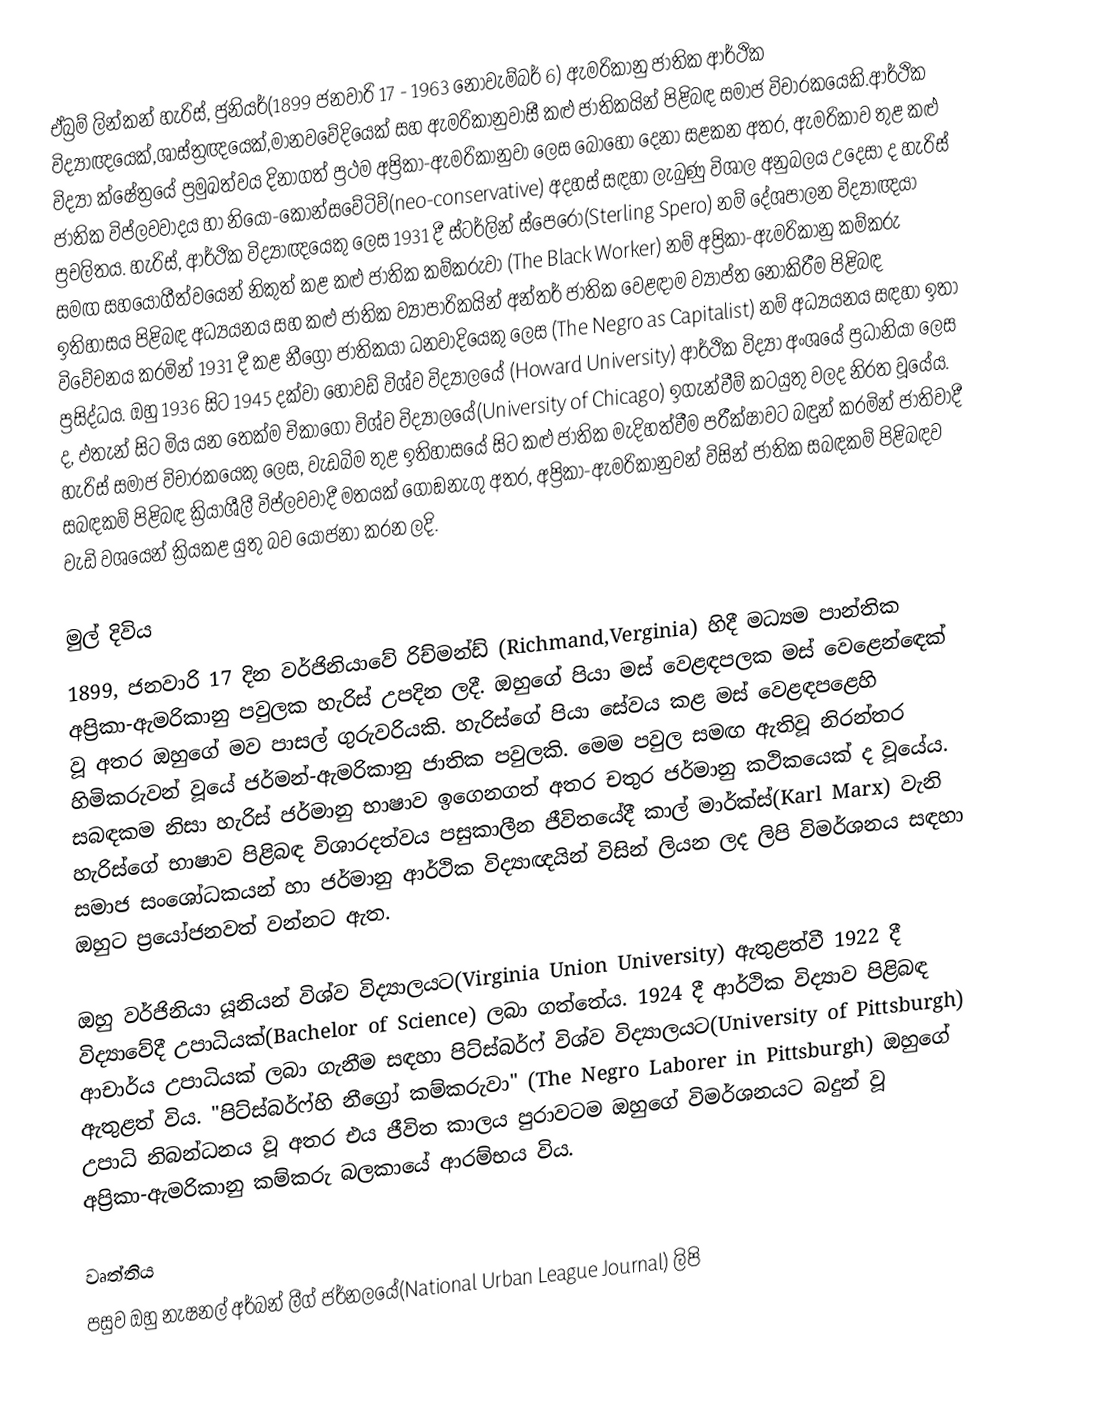
ඒබ්‍රම් ලින්කන් හැරිස්, ජුනියර්(1899 ජනවාරි 17 - 1963 නොවැම්බර් 6) ඇමරිකානු ජාතික  ආර්ථික විද්‍යාඥයෙක්,ශාස්ත්‍රඥයෙක්,මානවවේදියෙක් සහ ඇමරිකානුවාසී කළු ජාතිකයින් පිළිබඳ සමාජ විචාරකයෙකි.ආර්ථික විද්‍යා ක්ෂේත්‍රයේ ප්‍රමුඛත්වය දිනාගත් ප්‍රථම අප්‍රිකා-ඇමරිකානුවා ලෙස බොහෝ දෙනා සළකන අතර, ඇමරිකාව තුළ කළු ජාතික විප්ලවවාදය හා නියෝ-කොන්සවේටිව්(neo-conservative) අදහස් සඳහා ලැබුණු විශාල අනුබලය උදෙසා ද හැරිස් ප්‍රචලිතය. හැරිස්, ආර්ථික විද්‍යාඥයෙකු ලෙස 1931 දී ස්ටර්ලින් ස්පෙරෝ(Sterling Spero) නම් දේශපාලන විද්‍යාඥයා සමඟ සහයෝගීත්වයෙන් නිකුත් කළ කළු ජාතික කම්කරුවා (The Black Worker) නම් අප්‍රිකා-ඇමරිකානු කම්කරු ඉතිහාසය පිළිබඳ අධ්‍යයනය සහ කළු ජාතික ව්‍යාපාරිකයින් අන්තර් ජාතික වෙළඳාම ව්‍යාප්ත නොකිරීම පිළිබඳ විවේචනය කරමින් 1931 දී කළ නීග්‍රෝ ජාතිකයා ධනවාදියෙකු ලෙස (The Negro as Capitalist) නම් අධ්‍යයනය සඳහා ඉතා ප්‍රසිද්ධය. ඔහු 1936 සිට 1945 දක්වා  හොවඩ් විශ්ව විද්‍යාලයේ (Howard University) ආර්ථික විද්‍යා අංශයේ ප්‍රධානියා ලෙස ද, එතැන් සිට මිය යන තෙක්ම චිකාගෝ විශ්ව විද්‍යාලයේ(University of Chicago) ඉගැන්වීම්  කටයුතු වලද  නිරත වූයේය. හැරිස්  සමාජ විචාරකයෙකු ලෙස, වැඩබිම තුළ ඉතිහාසයේ සිට කළු ජාතික මැදිහත්වීම පරීක්ෂාවට බඳුන් කරමින් ජාතිවාදී සබඳකම් පිළිබඳ ක්‍රියාශීලී විප්ලවවාදී මතයක් ගොඞනැගු අතර, අප්‍රිකා-ඇමරිකානුවන්  විසින් ජාතික සබඳකම්  පිළිබඳව වැඩි වශයෙන් ක්‍රියකළ යුතු බව යෝජනා කරන ලදි.

මුල් දිවිය
1899, ජනවාරි 17 දින වර්ජිනියාවේ රිච්මන්ඩ් (Richmand,Verginia) හිදී මධ්‍යම පාන්තික  අප්‍රිකා-ඇමරිකානු පවුලක හැරිස් උපදින ලදී. ඔහුගේ පියා මස් වෙළඳපලක මස් වෙළෙන්ඳෙක් වූ අතර ඔහුගේ මව පාසල් ගුරුවරියකි. හැරිස්ගේ පියා සේවය කළ  මස් වෙළඳපළෙහි හිමිකරුවන් වූයේ ජර්මන්-ඇමරිකානු ජාතික පවුලකි. මෙම පවුල සමඟ ඇතිවූ නිරන්තර සබඳකම නිසා හැරිස් ජර්මානු භාෂාව ඉගෙනගත් අතර චතුර ජර්මානු කථිකයෙක් ද වූයේය. හැරිස්ගේ භාෂාව පිළිබඳ විශාරදත්වය පසුකාලීන ජීවිතයේදී කාල් මාර්ක්ස්(Karl Marx) වැනි සමාජ සංශෝධකයන් හා ජර්මානු ආර්ථික විද්‍යාඥයින් විසින් ලියන ලද ලිපි විමර්ශනය සඳහා ඔහුට ප්‍රයෝජනවත් වන්නට ඇත.

ඔහු වර්ජිනියා යූනියන් විශ්ව විද්‍යාලයට(Virginia Union University) ඇතුළත්වී 1922 දී විද්‍යාවේදී උපාධියක්(Bachelor of Science) ලබා ගත්තේය. 1924 දී ආර්ථික විද්‍යාව පිළිබඳ ආචාර්ය උපාධියක් ලබා ගැනීම සඳහා පිට්ස්බර්ෆ් විශ්ව විද්‍යාලයට(University of Pittsburgh) ඇතුළත් විය. "පිට්ස්බර්ෆ්හි නීග්‍රෝ කම්කරුවා" (The Negro Laborer in Pittsburgh) ඔහුගේ උපාධි නිබන්ධනය වූ අතර එය ජීවිත කාලය පුරාවටම ඔහුගේ විමර්ශනයට බදුන් වූ අප්‍රිකා-ඇමරිකානු කම්කරු බලකායේ ආරම්භය විය.

වෘත්තිය
පසුව ඔහු නැෂනල් අර්බන් ලීග් ජර්නලයේ(National Urban League Journal) ලිපි